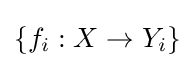
\{f_{i}:X\to Y_{i}\}